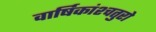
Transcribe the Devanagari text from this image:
वार्षिकांश्चतुरो